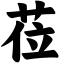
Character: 莅